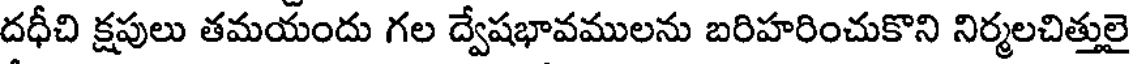
దధీచి క్షపులు తమయందు గల ద్వేషభావములను బరిహరించుకొని నిర్మలచిత్తులై